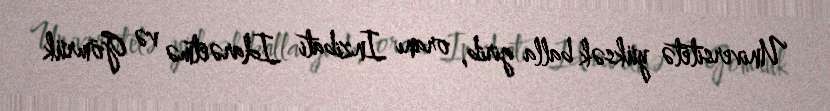
Universitetə yüksək balla girib, oranı Inzibati Idarəetmə və Gömrük